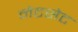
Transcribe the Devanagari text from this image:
नेटसेट